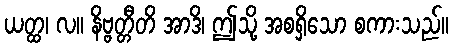
ယတ္ထ၊ လ။ နိဗ္ဗတ္တီတိ အာဒိ၊ ဤသို့ အစရှိသော စကားသည်။